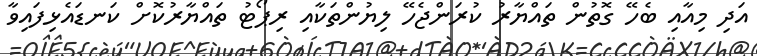
އަދި މިއާއި ބެހޭ ގޮތުން ތައްޔާރު ކުރަންޖެހޭ ލިޔުންތަކާއި ރިޕޯޓު ތައްޔާރުކޮށް ކަނޑައެޅިފައިވާ